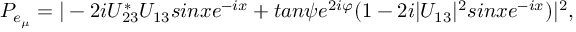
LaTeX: P _ { e _ { \mu } } = | - 2 i U _ { 2 3 } ^ { * } U _ { 1 3 } s i n x e ^ { - i x } + t a n \psi e ^ { 2 i \varphi } ( 1 - 2 i | U _ { 1 3 } | ^ { 2 } s i n x e ^ { - i x } ) | ^ { 2 } ,